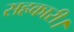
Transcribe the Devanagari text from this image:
सहकारी।